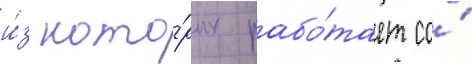
и́з кото́рых рабо́тает со́